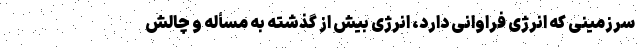
سرزمینی که انرژی فراوانی دارد، انرژی بیش از گذشته به مسأله و چالش